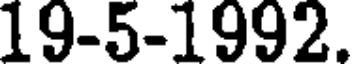
19-5-1992.